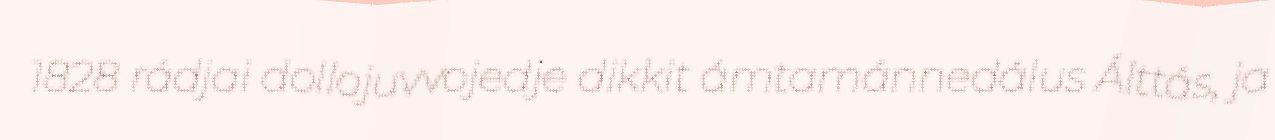
1828 rádjai dollojuvvojedje dikkit ámtamánnedálus Álttás, ja